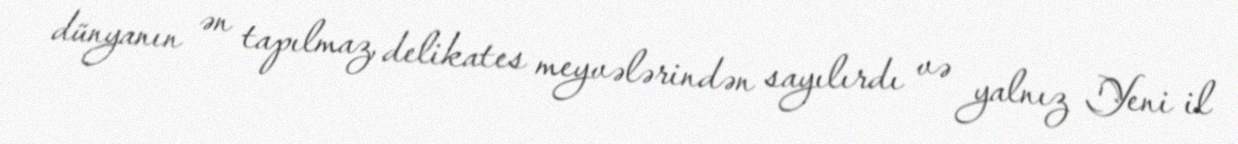
dünyanın ən tapılmaz, delikates meyvələrindən sayılırdı və yalnız Yeni il